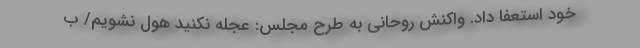
خود استعفا داد. واکنش روحانی به طرح مجلس: عجله نکنید هول نشویم/ ب